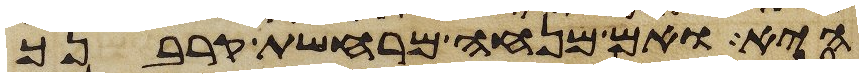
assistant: היא ואם מנחה מרחשת קרבנך